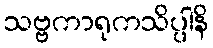
သဗ္ဗကာရုကသိပ္ပါနိ